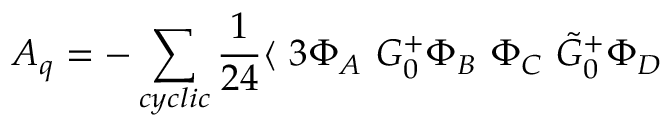
{ \cal A } _ { q } = - \sum _ { c y c l i c } \frac { 1 } { 2 4 } \langle ~ 3 \Phi _ { A } ~ G _ { 0 } ^ { + } \Phi _ { B } ~ \Phi _ { C } ~ \tilde { G } _ { 0 } ^ { + } \Phi _ { D }